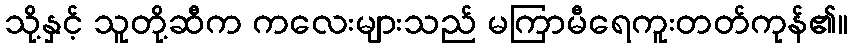
သို့နှင့် သူတို့ဆီက ကလေးများသည် မကြာမီရေကူးတတ်ကုန်၏။